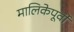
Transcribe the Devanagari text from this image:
मालिकेपूर्वी